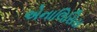
એનાલિસિસ